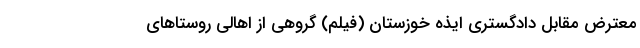
معترض مقابل دادگستری ایذه خوزستان (فیلم) گروهی از اهالی روستا‌های